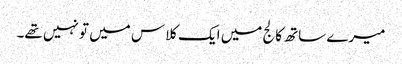
میرے ساتھ کالج میں ایک کلاس میں تو نہیں تھے۔